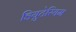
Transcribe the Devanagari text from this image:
डियुटेरियम